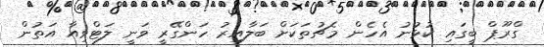
ގްރޫޕް ބީގައި ކުޅުނު އެހެން މެޗުތަކަށް ބަލާއިރު ހަންގޭރީ ވަނީ ލަޓްވިއާ އަތުން